Medical and sanitary report of the native army of Bengal for the year
Year: 1875
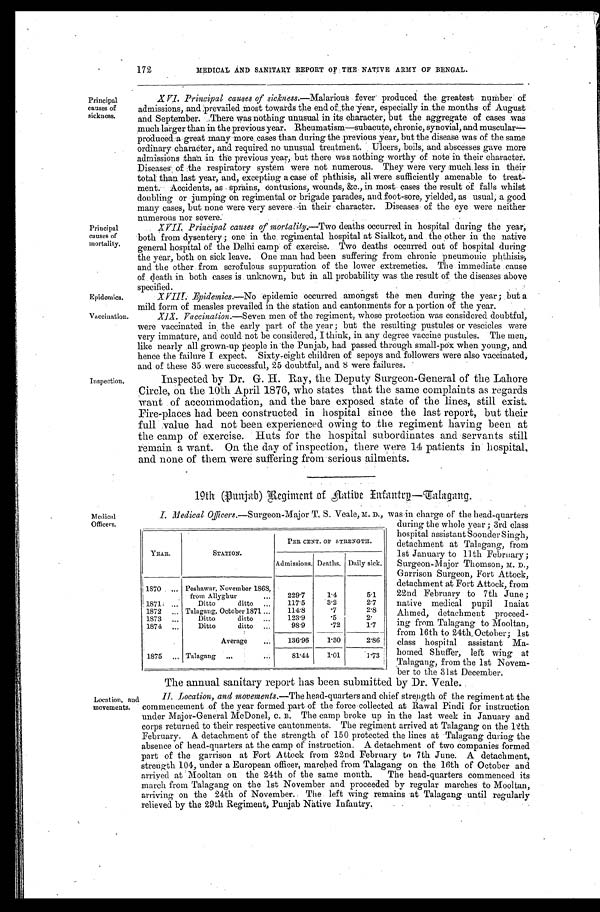
Epidemics.
Vaccination.
172
MEDICAL AND SANITARY REPORT OF THE NATIVE ARMY OF BENGAL.
Principal
causes of
sickness.
Principal
causes of
mortality.
Inspection.
XVI. Principal causes of sickness.—Malarious fever produced the greatest number of
admissions, and prevailed most towards the end of the year, especially in the months of August
and September. There was nothing unusual in its character, but the aggregate of cases was
much larger than in the previous year. Rheumatism—subacute, chronic, synovial, and muscular
— p r o d u c e d a g r e a t m a n y m o r e c a s e s t h a n d u r i n g t h e p r e v i o u s y e a r , b u t t h e d i s e a s e w a s o f t h e s a m e
ordinary character, and required no unusual treatment. Ulcers, boils, and abscesses gave more
admissions than in the previous year, but there was nothing worthy of note in their character.
Diseases of the respiratory system were not numerous. They were very much less in their
total than last year, and, excepting a case of phthisis, all were sufficiently amenable to treat-
ment. Accidents, as sprains, contusions, wounds, &c., in most cases the result of falls whilst
doubling or jumping on regimental or brigade parades, and foot-sore, yielded, as usual, a good
many cases, but none were very severe in their character. Diseases of the eye were neither
numerous nor severe.
XVII. Principal causes of mortality.— Two deaths occurred in hospital during the year,
both from dysentery; one in the regimental hospital at Sialkot, and the other in the native
general hospital of the Delhi camp of exercise. Two deaths occurred out of hospital during
the year, both on sick leave. One man had been suffering from chronic pneumonic phthisis,
and the other from scrofulous suppuration of the lower extremeties. The immediate cause
of death in both cases is. unknown, but in all probability was the result of the diseases above
specified.
XVIII. Epidemics.—No epidemic occurred amongst the men during the year ; but a
mild form of measles prevailed in the station and cantonments for a portion of the year.
X1X. Vaccination.— Seven men of the regiment, whose protection was considered doubtful,
were vaccinated in the early part of the year ; but the resulting pustules or vescicles were
very immature, and Could not be considered, I think, in any degree vaccine pustules. The men,
like nearly grown-up people in the Punjab, had passed through small-pox when young, and
hence the failure I expect. Sixty-eight children of sepoys and followers were also vaccinated,
and of these 35 were successful, 25 doubtful, and 8 were failures.
Inspected by Dr. G. H. Ray, the Deputy Surgeon-General of the Lahore
Circle, on the 10th April 1876, who states that the same complaints as regards
want of accommodation, and the bare exposed state of the lines, still exist.
Fire-places had been constructed in hospital since the last report, but their
full value had not been experienced owing to the regiment having been at
the camp of exercise. Huts for the hospital subordinates and servants still
remain a want. On the day of inspection, there were 14 patients in hospital,
and none of them were suffering from serious ailments.
19th (Punjab) Regiment of Native Infantry—Talagang.
Medical
Officers.
I. Medical Officers.—Surgeon-Major T. S. Veale, M. D., was in charge of the head-quarters
YEAR.
STATION.
PER CENT. OF STRENGTH.
Admissions. Deaths. Daily sick.
1870 ... Peshawar, November 1868,
from Allyghur
...
229.7
1.4
5.1
1871
. . .
D i t t o d i t t o
. . .
1 1 7 . 5
3.2
2 . 7
1872 ... Talagang, October 1871 ...
114.8
. 7 2.8
1873
. . .
Ditto
ditto ...
123.9
. 5
2.
1874
. . .
Ditto
ditto
. . .
98.9
. 7 2
1 . 7
Average
. . .
136.96
1.30
2.86
1875 ... Talagang . . .
...
81.44
1.01
1.73
during the whole year ; 3rd class
hospital assistant Soonder Singh,
detachment at Talagang, from
1st January to 11th February ;
Surgeon-Major Thomson, M. D.,
Garrison Surgeon, Fort Attock,
detachment at Fort Attock, from
22nd February to 7th June ;
native medical pupil Inaiat
Ahmed, detachment proceed-
ing from Talagang to Mooltan,
from 16th to 24th October ; 1st
class hospital assistant Ma
homed Shuffer, left wing at
Talagang, from the 1st Novem-
ber to the 31st December.
The annual sanitary report has been submitted by Dr. Veale.
Location, and
movements.
II. Location, and movements.— The head-quarters and chief strength of the regiment at the
commencement of the year formed part of the force collected at Rawal Pindi for instruction
under Major-General McDonel, C. B. The camp broke up in the last week in January and
corps returned to their respective cantonments. The regiment arrived at Talagang on the 12th
February. A detachment of the strength of 150 protected the lines at Talagang during the
absence of head-quarters at the camp of instruction. A detachment of two companies formed
part of the garrison at Fort Attock from 22nd February to 7th June. A detachment,
strength 104, under a European officer, marched from Talagang on the 16th of October and
arrived at Mooltan on the 24th of the same month. The head-quarters commenced its
march from Talagang on the 1st November and proceeded by resgular marches to Mooltan,
arriving on the 24th of November. The left wing remains at Talagang until regularly
relieved by the 29th Regiment, Punjab Native Infantry.